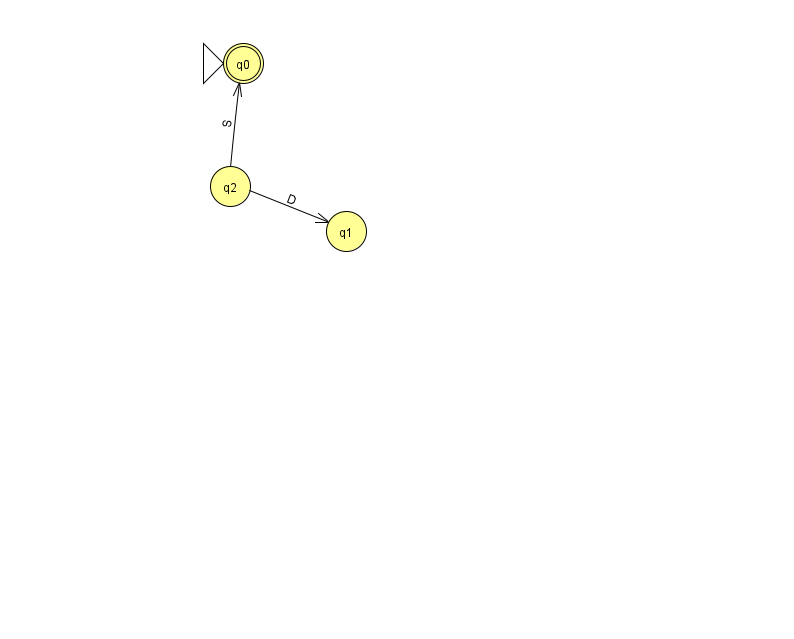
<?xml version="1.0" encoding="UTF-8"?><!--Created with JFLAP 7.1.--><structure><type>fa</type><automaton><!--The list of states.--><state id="0" name="q0"><x>243.0</x><y>50.0</y><initial/><final/></state><state id="1" name="q1"><x>346.0</x><y>218.0</y></state><state id="2" name="q2"><x>230.0</x><y>173.0</y></state><!--The list of transitions.--><transition><from>2</from><to>1</to><read>D</read></transition><transition><from>2</from><to>0</to><read>S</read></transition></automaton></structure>